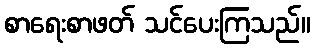
စာရေးစာဖတ် သင်ပေးကြသည်။